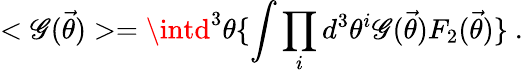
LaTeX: <\mathscr{G}({\vec{{\theta}}})>=\intd^{3}\theta\{ \int\prod_{i}d^{3}\theta^{i}\mathscr{G}({\vec{{\theta}}})F_{2}({\vec{{\theta}}})\} \ .